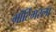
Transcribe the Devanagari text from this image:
मॉर्टिमरला